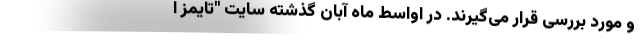
و مورد بررسی قرار می‌گیرند. در اواسط ماه آبان گذشته سایت "تایمز ا